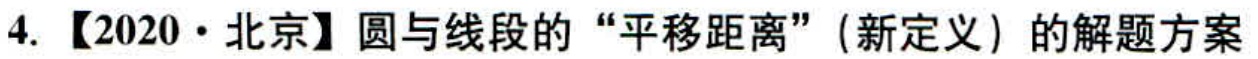
4. 【2020·北京】圆与线段的“平移距离”(新定义) 的解题方案